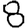
Digit: 8